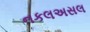
નકલઅસલ